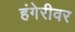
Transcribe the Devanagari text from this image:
हंगेरीवर